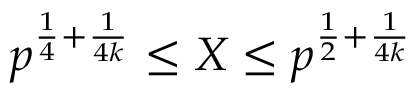
p ^ { { \frac { 1 } { 4 } } + { \frac { 1 } { 4 k } } } \leq X \leq p ^ { { \frac { 1 } { 2 } } + { \frac { 1 } { 4 k } } }